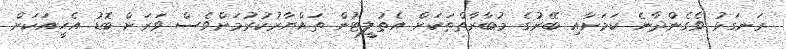
ރަނގަޅު ވެގެންދާނެ ކަމަށާއި ބޭރުގެ މުބާރާތްތަކަށް އެތުލީޓުން ތައްޔާރުކުރުމަށްވެސް ވަރަށް ބޮޑު އެހީއަކަށް